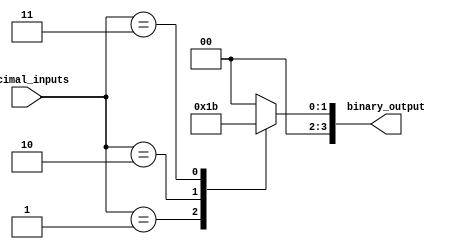
module Decimal_Priority_Encoder(
    input [7:0] decimal_inputs,
    output reg [3:0] binary_output
);

always @(*) begin
    case(decimal_inputs)
        8'h01: binary_output = 4'b0001;
        8'h02: binary_output = 4'b0010;
        8'h03: binary_output = 4'b0011;
        // Add more cases as needed for higher decimal inputs
        default: binary_output = 4'b0000;
    endcase
end

endmodule